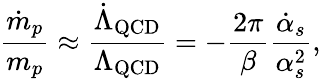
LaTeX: \frac{\dot{m}_{p}}{m_{p}}\approx\frac{\dot{\Lambda}_{\mathrm{QCD}}}{\Lambda_{\mathrm{QCD}}}=-\frac{2\pi}{\beta}\frac{\dot{\alpha}_{s}}{\alpha_{s}^{2}},